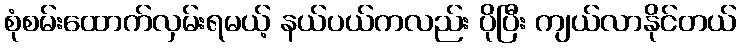
စုံစမ်းထောက်လှမ်းရမယ့် နယ်ပယ်ကလည်း ပိုပြီး ကျယ်လာနိုင်တယ်